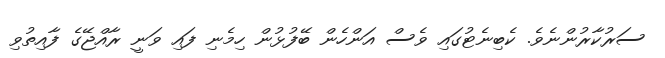
ސަރުކާރުންނެވެ. ކެބިނެޓުގައި ވެސް އަންހެން ބޭފުޅުން ހިމެނި ފައި ވަނީ ރާއްޖޭގެ ފާއިތުވި